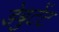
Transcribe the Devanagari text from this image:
डेबुटेंट